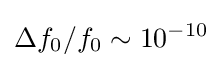
\Delta f_{0}/f_{0}\sim 10^{-10}